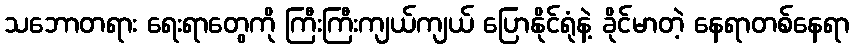
သဘောတရား ရေးရာတွေကို ကြီးကြီးကျယ်ကျယ် ပြောနိုင်ရုံနဲ့ ခိုင်မာတဲ့ နေရာတစ်နေရာ